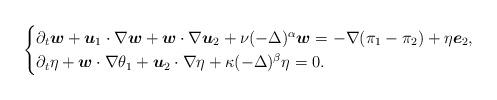
LaTeX: \begin{align*}\begin{cases}\partial_t\boldsymbol w + \boldsymbol u_1\cdot \nabla \boldsymbol w + \boldsymbol w \cdot \nabla \boldsymbol u_2 + \nu(-\Delta)^\alpha \boldsymbol w= -\nabla(\pi_1-\pi_2)+\eta \boldsymbol e_2, \\\partial_t \eta +\boldsymbol w\cdot \nabla \theta_1+ \boldsymbol u_2 \cdot \nabla \eta + \kappa(-\Delta)^{\beta}\eta = 0.\end{cases}\end{align*}